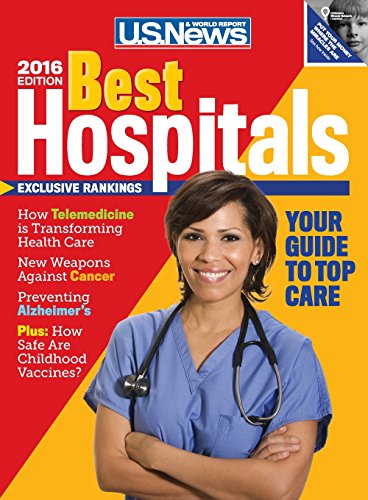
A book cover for Best Hospitals 2016; U.S. News and World Report; Medical Books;